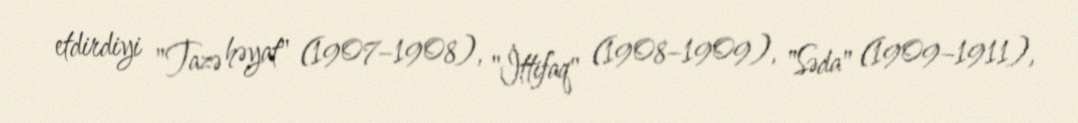
etdirdiyi "Tazə həyat" (1907–1908), "İttifaq" (1908–1909), "Səda" (1909–1911),